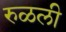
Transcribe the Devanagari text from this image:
रुळली